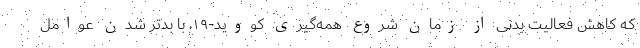
که کاهش فعالیت بدنی از زمان شروع همه‌گیری کووید-۱۹، با بدتر شدن عوامل